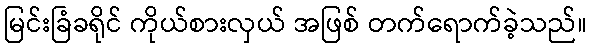
မြင်းခြံခရိုင် ကိုယ်စားလှယ် အဖြစ် တက်ရောက်ခဲ့သည်။